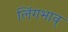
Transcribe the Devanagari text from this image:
लिंगभाव्